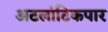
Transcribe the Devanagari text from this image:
अटलांटिकपार